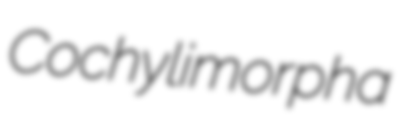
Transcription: Cochylimorpha